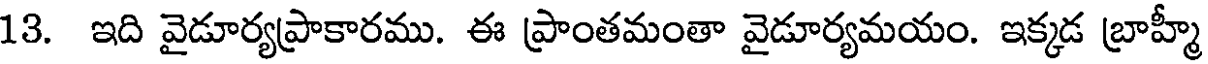
13. ఇది వైడూర్యప్రాకారము. ఈ ప్రాంతమంతా వైడూర్యమయం. ఇక్కడ బ్రాహ్మీ